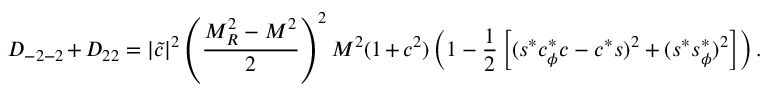
{ \cal D } _ { - 2 - 2 } + { \cal D } _ { 2 2 } = | \tilde { c } | ^ { 2 } \left( \frac { M _ { R } ^ { 2 } - M ^ { 2 } } { 2 } \right) ^ { 2 } M ^ { 2 } ( 1 + c ^ { 2 } ) \left( 1 - \frac { 1 } { 2 } \left[ ( s ^ { * } c _ { \phi } ^ { * } c - c ^ { * } s ) ^ { 2 } + ( s ^ { * } s _ { \phi } ^ { * } ) ^ { 2 } \right] \right) .